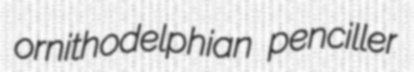
ornithodelphian penciller